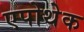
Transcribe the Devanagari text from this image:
एपोथेक